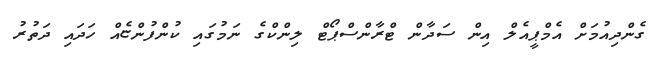
ގެންދިއުމަށް އެމްޕީއެލް އިން ސަދާން ޓްރާންސްޕޯޓް ލިންކްގެ ނަމުގައި ކުންފުންޏެއް ހަދައި ދަތުރު